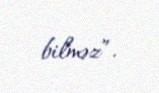
bilməz”.